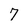
Character: 7